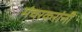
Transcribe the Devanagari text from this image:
मंचरकरांनी